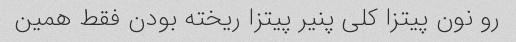
رو نون پیتزا کلی پنیر پیتزا ریخته بودن فقط همین